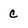
Character: C